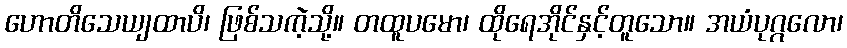
ဟောတိသေယျထာပိ၊ ဖြစ်သကဲ့သို့။ တထူပမော၊ ထိုရေအိုင်နှင့်တူသော။ အယံပုဂ္ဂလော၊